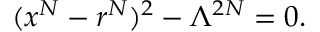
( x ^ { N } - r ^ { N } ) ^ { 2 } - \Lambda ^ { 2 N } = 0 .